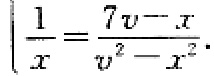
\(\frac{1}{x}=\frac{7v - x}{v^{2}-x^{2}}\)